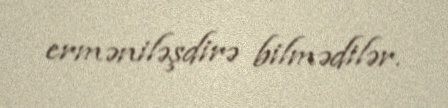
erməniləşdirə bilmədilər.